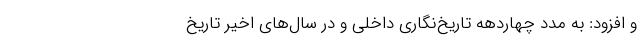
و افزود: به مدد چهاردهه تاریخ‌نگاری داخلی و در سال‌های اخیر تاریخ